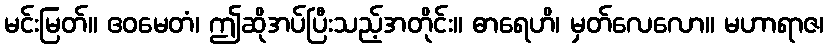
မင်းမြတ်။ ဧဝမေတံ၊ ဤဆိုအပ်ပြီးသည့်အတိုင်း။ ဓာရေဟိ၊ မှတ်လေလော။ မဟာရာဇ၊